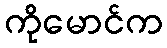
ကိုမောင်က